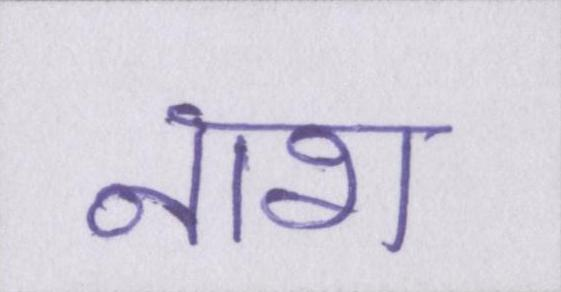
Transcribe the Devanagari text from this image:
नाश